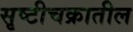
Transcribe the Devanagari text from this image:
सृष्टीचक्रातील